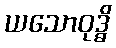
ယသောဝုဒ္ဓိ